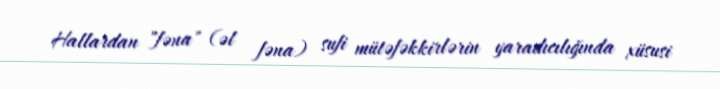
Hallardan "fəna" (əl fəna) sufi mütəfəkkirlərin yaradıcılığında xüsusi